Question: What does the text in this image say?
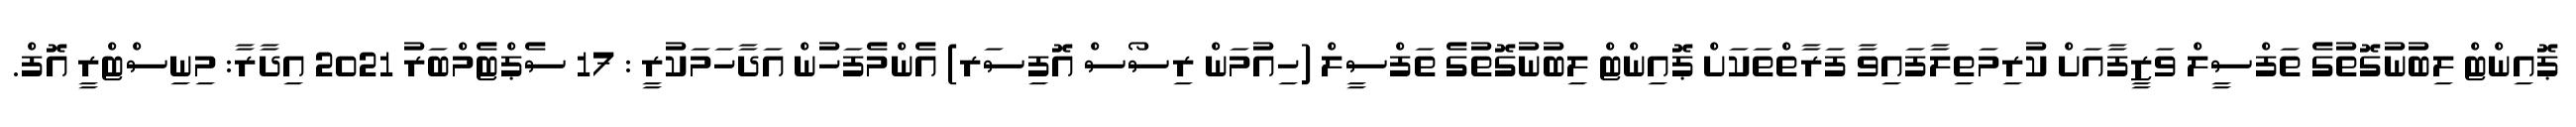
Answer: ޕޮއިންޓް ލިބުނުގޮތުގެ ތަފްސީލް ވަޒީފާއަށް ކުރިމަތިލާފައިވާ ފަރާތްތަކަށް ޕޮއިންޓް ލިބުނުގޮތުގެ ތަފްސީލް (ހިއުމަން ރިސޯސް އޮފިސަރ) އެންމެފަހުން އަދާހަމަކުރީ : 17 ސެޕްޓެމްބަރު 2021 އިދާރާ: މިނިސްޓްރީ އޮފް.